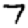
Digit: 7